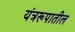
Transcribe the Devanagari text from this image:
यंत्ररूपातील